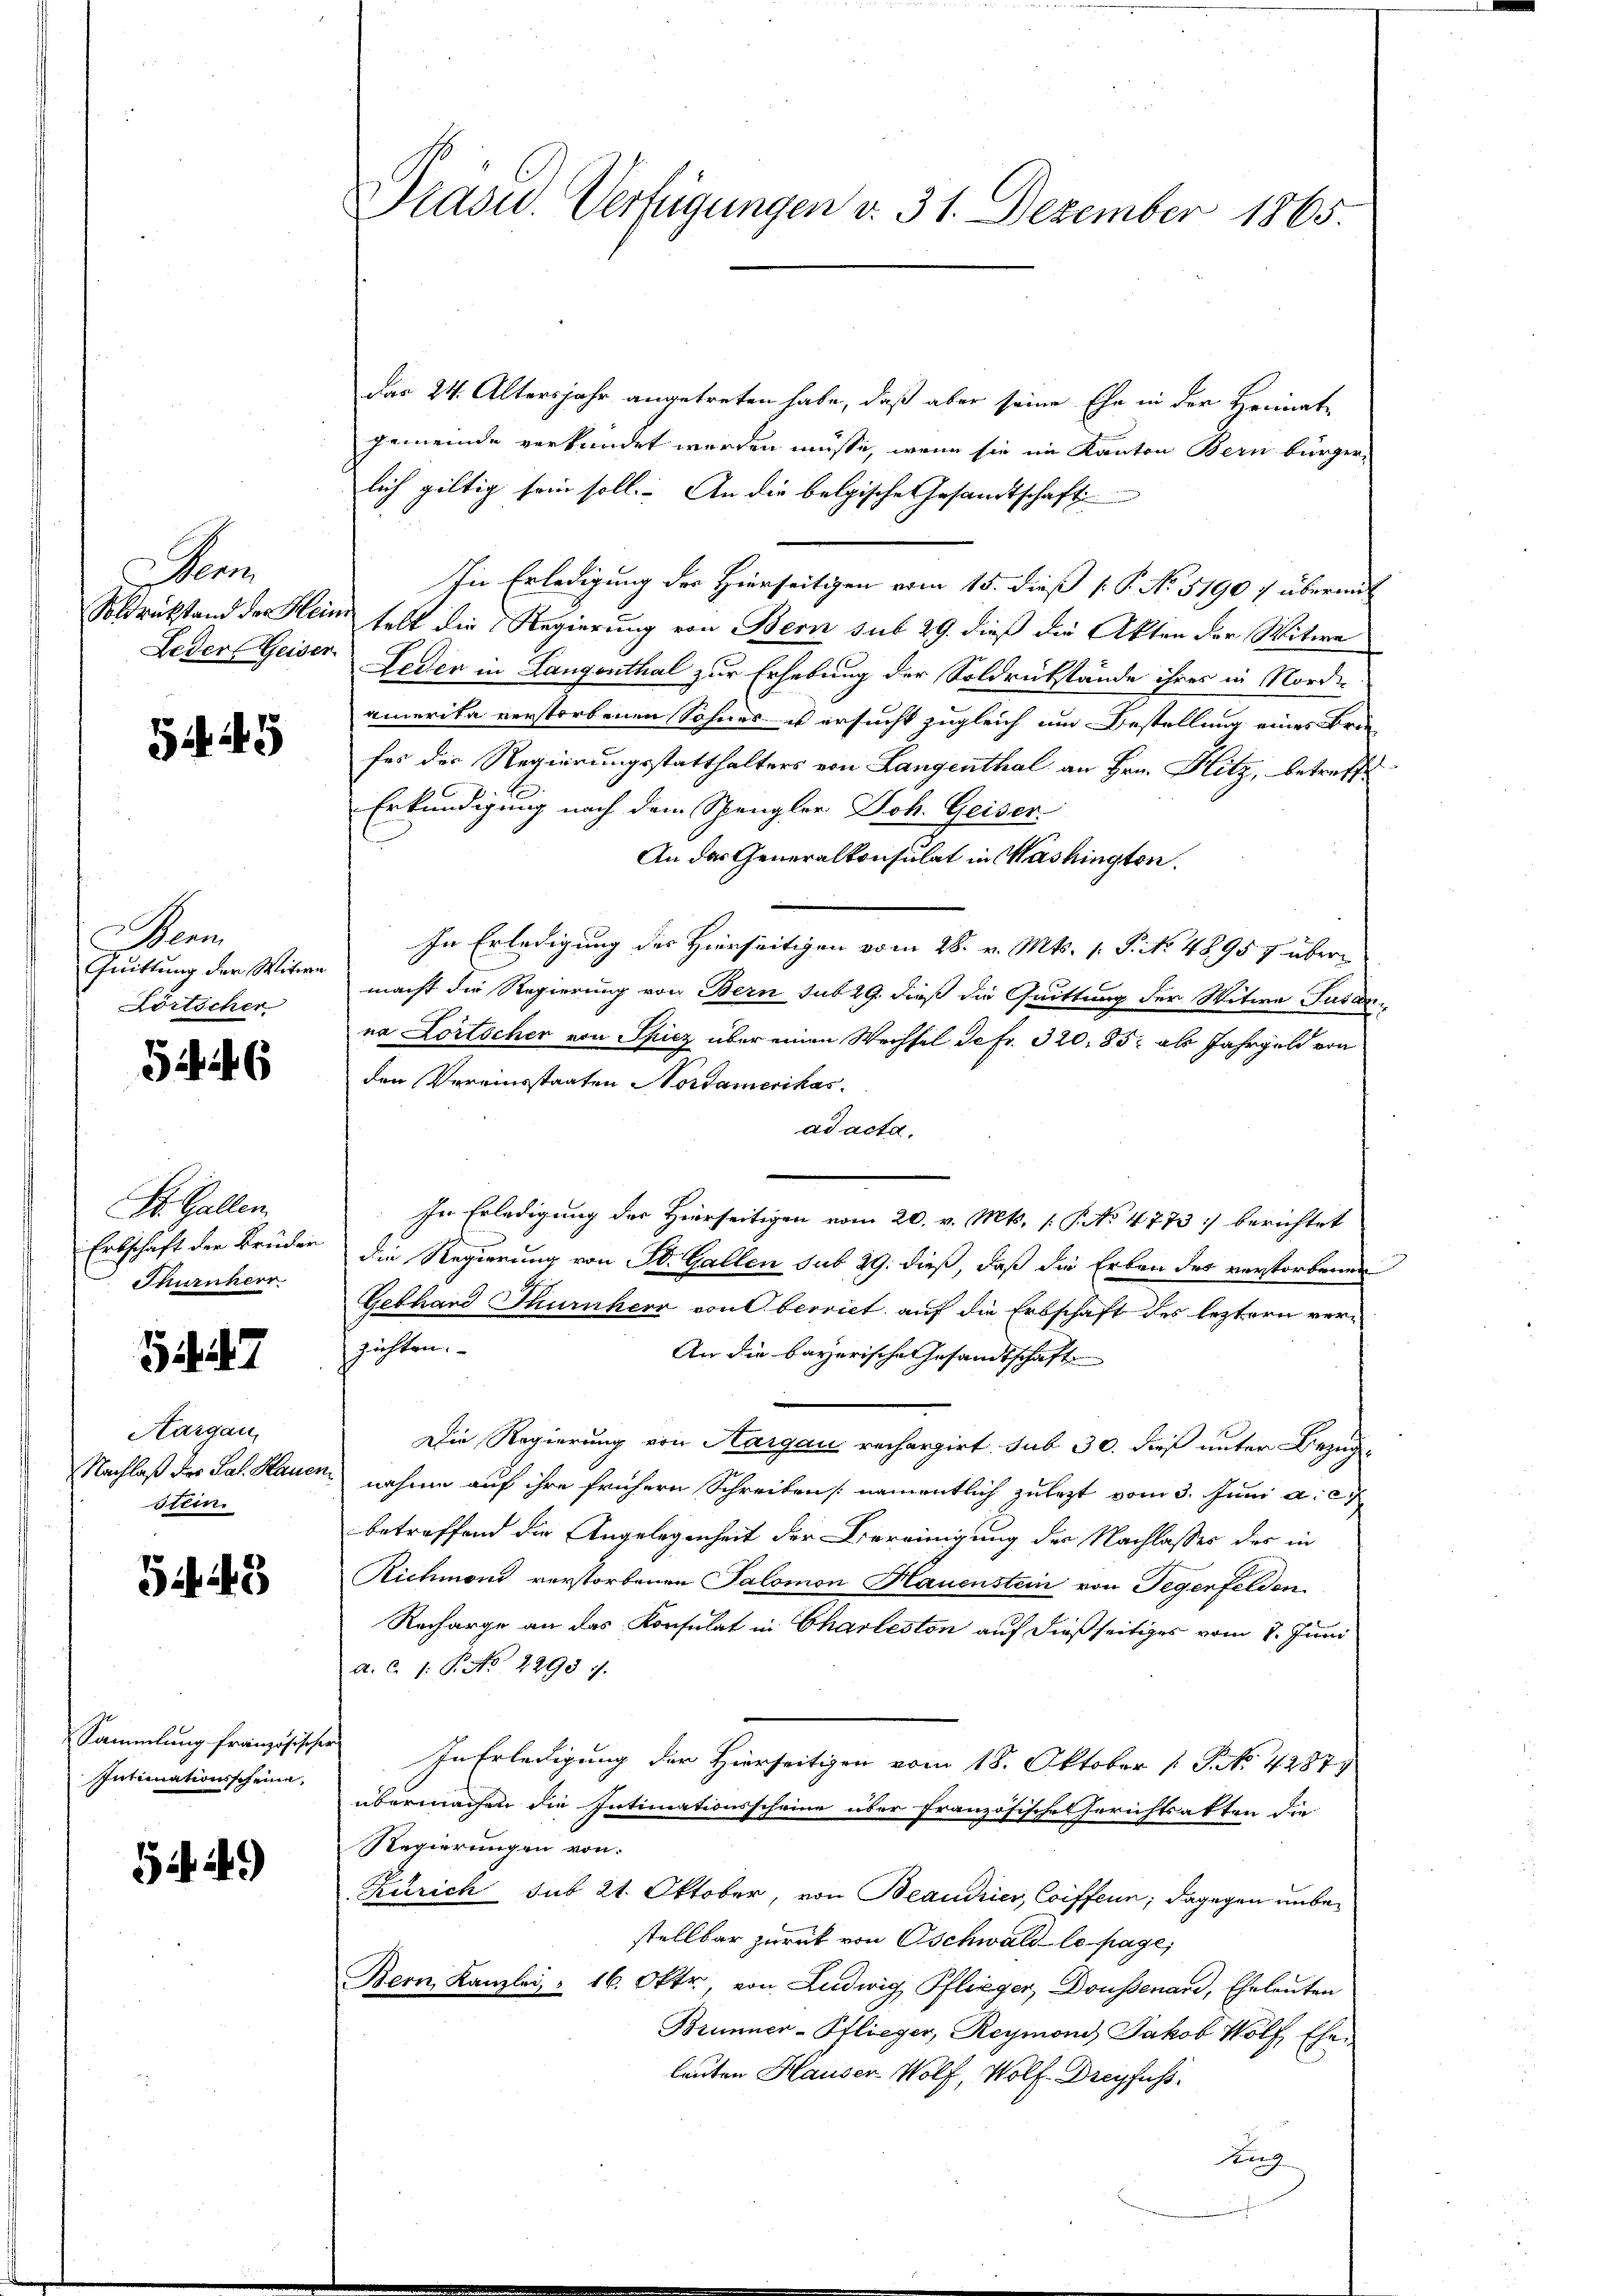
en
Soldrückstand der Hein
Leder Geiser

5445

Bern
Quittung der Witwe
Körticher

346

S. Gallen.
Erbschäft der Brüder
Thurnherr

47

Aargau,
Nachlaß der Sal. Hauen
stein.

G 43

Sammlung französischer
Intimationsscheine,

549)

Präsid.. Verfügungen v. 31. Dezember 1865.

das 24. Altersjahr angetreten habe, daß aber seine Ehe in der Heimat-
gemeinde verkündet werden müsse, wenn sie im Kanton Bern bürger-
lich giltig sein soll. An die belgische Gesandtschaft
In Erledigung der Hierseitigen vom 15. dieß P. No. 51907 übermit
telt die Regierung von Bern sub 29. dieß die Akten der Witwe
Leden in Langenthal zur Erhebung der Soldrückstände ihres in Nordi-
amerika verstorbenen Sohnes u ersucht zugleich um Bestellung eines Brie
fes der Regierungsstatthalters von Langenthal an Hrn. Hitz, betreffe
Erkundigung nach dem Spengler Joh. Geiser.
An das Generalkonsulat in Washington.
In Erledigung des Hierseitigen vom 28. v. Mts. 1. P. No. 4895 7 über
macht die Regierung von Bern sub 29. dieß die Quittung der Witwe Susanna Lortscher von Spiez über einen Wechsel Jefr. 320, 85, als Jahrgeld von
den Vereinsstaaten Nordamerikas
ad acta.
In Erledigung der Hierseitigen vom 20. v. Mts. [§ No 4773 :/ berichtet
die Regierung von St. Gallen sub 29. dieß, daß die Erben des verstorbenen
Gebhard Thurnherr von Oberriet auf die Erbschaft des leztern verzichten.
An die bayerische Gesandtschaft
Die Regierung von Aargau rechargirt. sub 30. dieß unter Bezugnahme auf ihre frühern Schreiben [namentlich zulezt vom 3. Juni a. c.
betreffend die Angelegenheit der Vereinigung der Nachlasses der in
Richmond verstorbenen Salomon Hauenstein von Gegenfelden
Recharge an das Konsulat in Charteston auf dießseitiges vom 8. Juni
a. C. 1: P. No 2293).
In Erledigung der Hierseitigen vom 18. Oktober 1 S. No. 42879
übermachen die Intimationsscheine über französisches Gerichtsakten die
Regierungen von
Zürich sub 21. Oktober, von Beaudier, Coiffen; dagegen unbestellbar zurück von Oschwald le page;
Bern, Kanzlei, - 16. Oktr. von Ludwig Pflieger, Doussenard, Eheleuten
Brunner-Pflieger, Reymond, Jakob Wolf, Ehen
leuten Hauser Wolf, Wolf. Dreyfuss
Burg